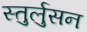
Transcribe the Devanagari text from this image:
स्तुर्लुसन